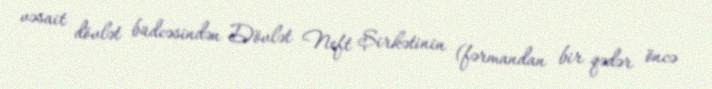
vəsait dövlət büdcəsindən Dövlət Neft Şirkətinin (fərmandan bir qədər öncə